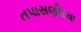
તપાસણીદવા